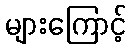
များကြောင့်